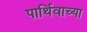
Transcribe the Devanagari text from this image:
पार्थिवाच्या